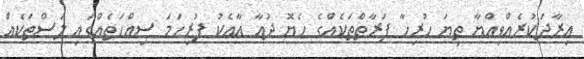
އިރާދަކުރެއްވިއްޔާ ތިޔަ ހުރިހާ ފަރާތްތަކެއްގެ ހެޔޮ ދުއާ އާއެކު ފުރިހަމަ ސިއްހަތެއްގައި ލަސްތަކެއް